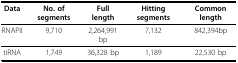
<table><thead><tr><td><b>Data</b></td><td><b>No. of segments</b></td><td><b>Full length</b></td><td><b>Hitting segments</b></td><td><b>Common length</b></td></tr></thead><tbody><tr><td>RNAPII</td><td>9,710</td><td>2,264,991 bp</td><td>7,132</td><td>842,394bp</td></tr><tr><td>tiRNA</td><td>1,749</td><td>36,328 bp</td><td>1,189</td><td>22,530 bp</td></tr></tbody></table>